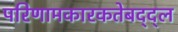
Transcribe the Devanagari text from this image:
परिणामकारकतेबद्द्ल